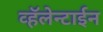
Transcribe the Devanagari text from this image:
व्हॅलेन्टाईन